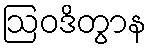
ဩဝဒိတွာန